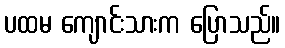
ပထမ ကျောင်းသားက ပြောသည်။